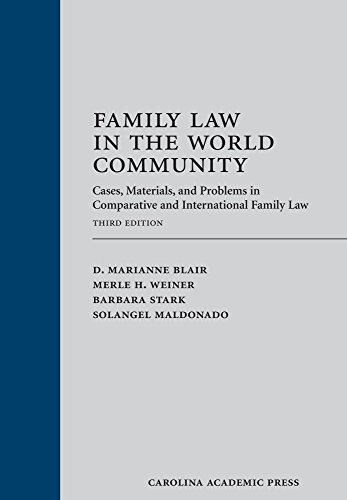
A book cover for Family Law in the World Community: Cases, Materials, and Problems in Comparative and International Family Law, Third Edition; D. Marianne Blair; Law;